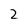
Character: 2